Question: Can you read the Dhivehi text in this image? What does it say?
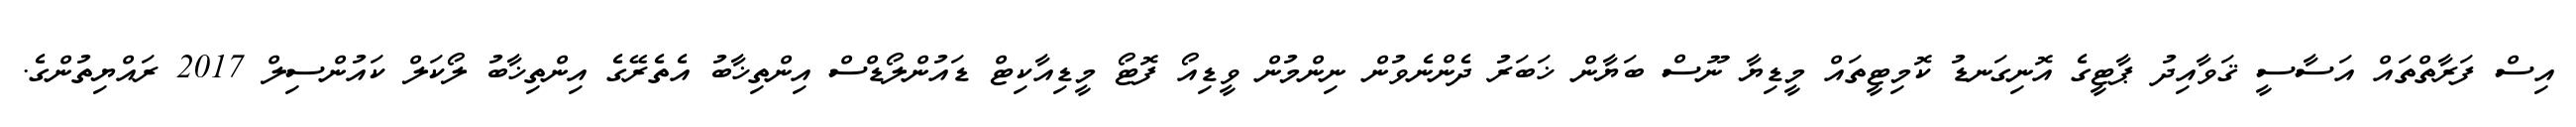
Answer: އިސް ފަރާތްތައް އަސާސީ ޤަވާއިދު ޕާޓީގެ އޮނިގަނޑު ކޮމިޓީތައް މީޑިޔާ ނޫސް ބަޔާން ޚަބަރު ދެންނެވުން ނިންމުން ވީޑިއޯ ފޮޓޯ މީޑިއާކިޓް ޑައުންލޯޑްސް އިންތިޚާބު އެތެރޭގެ އިންތިޚާބު ލޯކަލް ކައުންސިލް 2017 ރައްޔިތުންގެ.